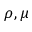
\rho , \mu